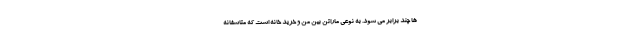
ها چند برابر می شود. به نوعی ماراتن بین من و خرید خانه است که متاسفانه